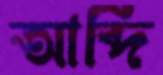
আব্দি